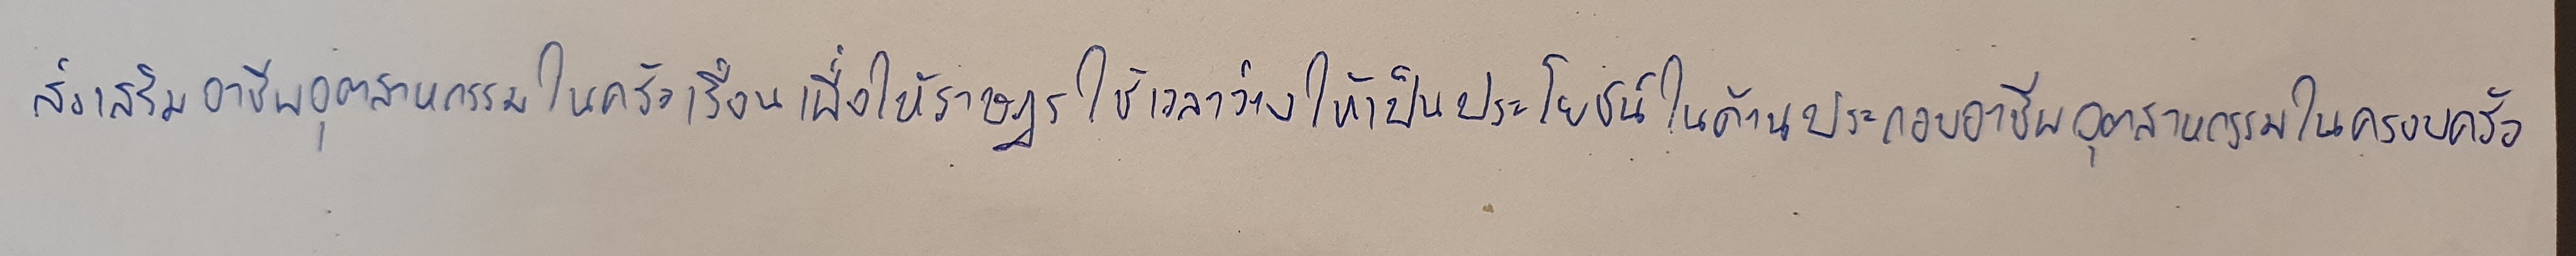
ส่งเสริมอาชีพอุตสาหกรรมในครัวเรือนเพื่อให้ราษฎรใช้เวลาว่างให้เป็นประโยชน์ในด้านประกอบอาชีพอุตสาหกรรมในครอบครัว